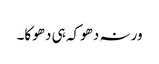
ورنہ دھوکہ ہی دھوکا۔